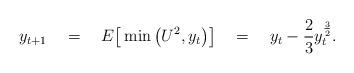
LaTeX: \begin{align*}y_{t+1}\ \ \ =\ \ \ E\big[ \min\big( U^2, y_t \big) \big]\ \ \ =\ \ \ y_t - \frac{2}{3} y_t^{\frac{3}{2}}.\end{align*}